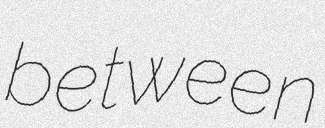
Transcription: between